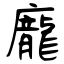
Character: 龐